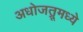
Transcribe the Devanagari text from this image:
अधोजत्रूमध्ये